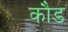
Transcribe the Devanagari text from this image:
कौड